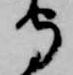
守